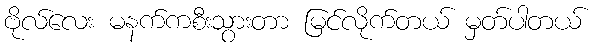
ဗိုလ်လေး မနက်ကစီးသွားတာ မြင်လိုက်တယ် မှတ်ပါတယ်